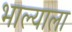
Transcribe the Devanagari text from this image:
भाल्याला